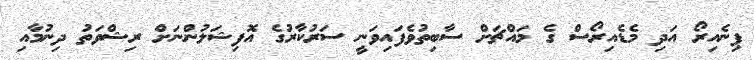
ޕިނެއިރޯ އަދި މެޑެއިރޯސް ގެ މައްޗަށް ސާބިތުވެފައިވަނީ ސަރުކާރުގެ އޮފިޝަލުންނަށް ރިޝްވަތު ދިނުމާއި